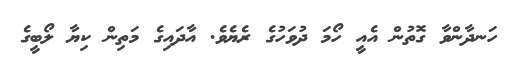
ހަނދާންވާ ގޮތުން އެއީ ހޯމަ ދުވަހުގެ ރެޔެވެ. އާދައިގެ މަތިން ކިޔާ ލޯބީގެ